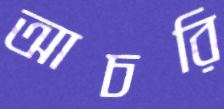
আচরি